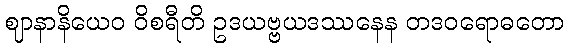
ဈာနာနိယေဝ ဝိစရီတိ ဥဒယဗ္ဗယဒဿနေန တဒဝရောဓတော